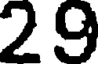
29